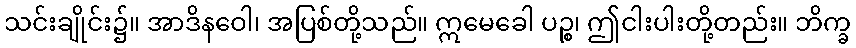
သင်းချိုင်း၌။ အာဒိနဝေါ၊ အပြစ်တို့သည်။ ဣမေခေါ ပဉ္စ၊ ဤငါးပါးတို့တည်း။ ဘိက္ခ